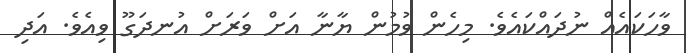
ވާހަކައެއް ނުދައްކައެވެ. މިހެން ވުމުން ޔާނާ އަށް ވަރަށް އުނދަގޫ ވިއެވެ. އަދި